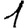
Digit: 1